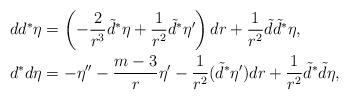
LaTeX: \begin{align*}dd^*\eta &= \left(-\frac{2}{r^3}\tilde{d}^*\eta + \frac{1}{r^2}\tilde{d}^*\eta' \right)dr + \frac{1}{r^2} \tilde{d}\tilde{d}^*\eta,\\d^*d\eta &= -\eta'' - \frac{m-3}{r}\eta' - \frac{1}{r^2}(\tilde{d}^*\eta')dr + \frac{1}{r^2}\tilde{d}^*\tilde{d}\eta,\end{align*}